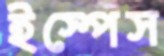
ইস্পেস